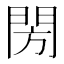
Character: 閍